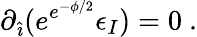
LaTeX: \partial_{\hat{\imath}}(e^{e^{-\phi/2}}\epsilon_{I})=0\ .